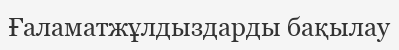
Ғаламатжұлдыздарды бақылау